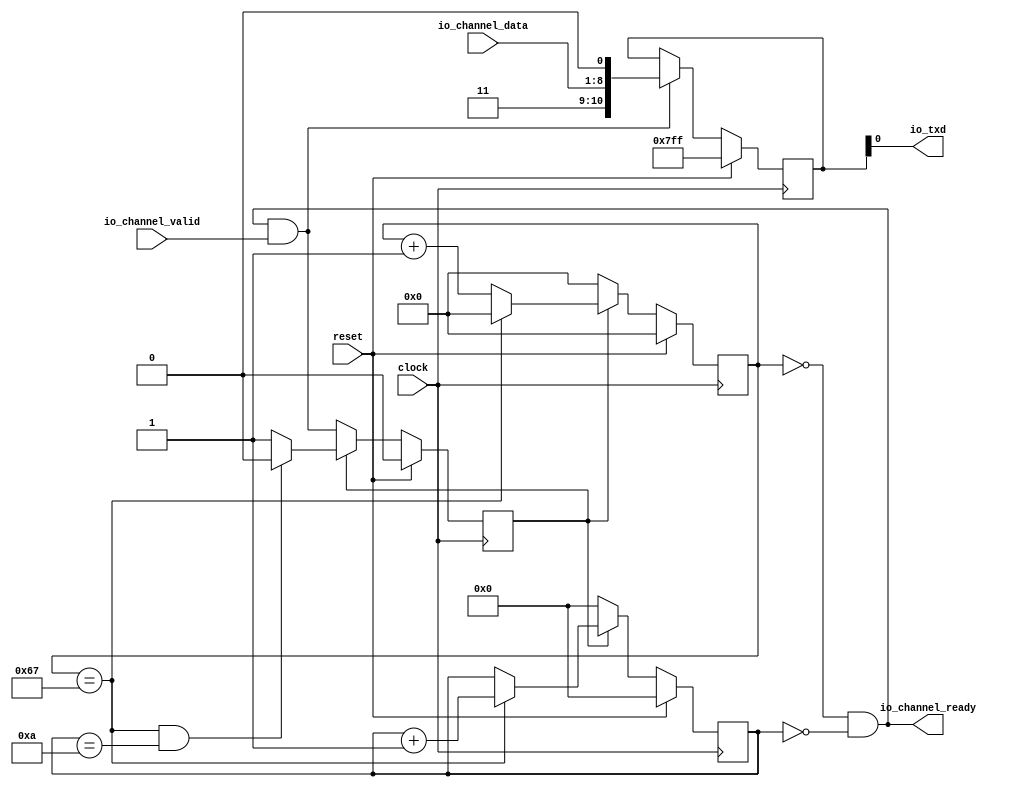
module Tx(
  input        clock,
  input        reset,
  output       io_txd,
  input  [7:0] io_channel_data,
  output       io_channel_ready,
  input        io_channel_valid
);
`ifdef RANDOMIZE_REG_INIT
  reg [31:0] _RAND_0;
  reg [31:0] _RAND_1;
  reg [31:0] _RAND_2;
  reg [31:0] _RAND_3;
`endif // RANDOMIZE_REG_INIT
  reg [19:0] clkCntReg; // @[uart_transmitter.scala 16:28]
  reg [3:0] bitCntReg; // @[uart_transmitter.scala 17:28]
  reg [10:0] shiftReg; // @[uart_transmitter.scala 18:28]
  wire  insert = io_channel_ready & io_channel_valid; // @[uart_transmitter.scala 22:32]
  reg  stateReg; // @[uart_transmitter.scala 26:26]
  wire  _T_2 = clkCntReg == 20'h67; // @[uart_transmitter.scala 36:29]
  wire [19:0] _clkCntReg_T_3 = clkCntReg + 20'h1; // @[uart_transmitter.scala 45:84]
  wire [3:0] _bitCntReg_T_1 = bitCntReg + 4'h1; // @[uart_transmitter.scala 48:36]
  wire [10:0] _shiftReg_T = {2'h3,io_channel_data,1'h0}; // @[Cat.scala 31:58]
  wire [11:0] _shiftReg_T_2 = {1'h1,shiftReg}; // @[Cat.scala 31:58]
  wire [11:0] _GEN_6 = stateReg & _T_2 ? _shiftReg_T_2 : {{1'd0}, shiftReg}; // @[uart_transmitter.scala 58:61 59:18 61:18]
  wire [11:0] _GEN_7 = insert ? {{1'd0}, _shiftReg_T} : _GEN_6; // @[uart_transmitter.scala 56:17 57:18]
  wire [11:0] _GEN_8 = reset ? 12'h7ff : _GEN_7; // @[uart_transmitter.scala 18:{28,28}]
  assign io_txd = shiftReg[0]; // @[uart_transmitter.scala 64:23]
  assign io_channel_ready = clkCntReg == 20'h0 & bitCntReg == 4'h0; // @[uart_transmitter.scala 20:44]
  always @(posedge clock) begin
    if (reset) begin // @[uart_transmitter.scala 16:28]
      clkCntReg <= 20'h0; // @[uart_transmitter.scala 16:28]
    end else if (stateReg) begin // @[uart_transmitter.scala 45:21]
      if (_T_2) begin // @[uart_transmitter.scala 45:45]
        clkCntReg <= 20'h0;
      end else begin
        clkCntReg <= _clkCntReg_T_3;
      end
    end else begin
      clkCntReg <= 20'h0;
    end
    if (reset) begin // @[uart_transmitter.scala 17:28]
      bitCntReg <= 4'h0; // @[uart_transmitter.scala 17:28]
    end else if (stateReg) begin // @[uart_transmitter.scala 46:28]
      if (_T_2) begin // @[uart_transmitter.scala 47:36]
        bitCntReg <= _bitCntReg_T_1; // @[uart_transmitter.scala 48:23]
      end
    end else begin
      bitCntReg <= 4'h0; // @[uart_transmitter.scala 53:19]
    end
    shiftReg <= _GEN_8[10:0]; // @[uart_transmitter.scala 18:{28,28}]
    if (reset) begin // @[uart_transmitter.scala 26:26]
      stateReg <= 1'h0; // @[uart_transmitter.scala 26:26]
    end else if (~stateReg) begin // @[uart_transmitter.scala 27:21]
      stateReg <= insert;
    end else if (stateReg) begin // @[uart_transmitter.scala 27:21]
      if (clkCntReg == 20'h67 & bitCntReg == 4'ha) begin // @[uart_transmitter.scala 36:67]
        stateReg <= 1'h0; // @[uart_transmitter.scala 37:26]
      end else begin
        stateReg <= 1'h1; // @[uart_transmitter.scala 39:26]
      end
    end
  end
// Register and memory initialization
`ifdef RANDOMIZE_GARBAGE_ASSIGN
`define RANDOMIZE
`endif
`ifdef RANDOMIZE_INVALID_ASSIGN
`define RANDOMIZE
`endif
`ifdef RANDOMIZE_REG_INIT
`define RANDOMIZE
`endif
`ifdef RANDOMIZE_MEM_INIT
`define RANDOMIZE
`endif
`ifndef RANDOM
`define RANDOM $random
`endif
`ifdef RANDOMIZE_MEM_INIT
  integer initvar;
`endif
`ifndef SYNTHESIS
`ifdef FIRRTL_BEFORE_INITIAL
`FIRRTL_BEFORE_INITIAL
`endif
initial begin
  `ifdef RANDOMIZE
    `ifdef INIT_RANDOM
      `INIT_RANDOM
    `endif
    `ifndef VERILATOR
      `ifdef RANDOMIZE_DELAY
        #`RANDOMIZE_DELAY begin end
      `else
        #0.002 begin end
      `endif
    `endif
`ifdef RANDOMIZE_REG_INIT
  _RAND_0 = {1{`RANDOM}};
  clkCntReg = _RAND_0[19:0];
  _RAND_1 = {1{`RANDOM}};
  bitCntReg = _RAND_1[3:0];
  _RAND_2 = {1{`RANDOM}};
  shiftReg = _RAND_2[10:0];
  _RAND_3 = {1{`RANDOM}};
  stateReg = _RAND_3[0:0];
`endif // RANDOMIZE_REG_INIT
  `endif // RANDOMIZE
end // initial
`ifdef FIRRTL_AFTER_INITIAL
`FIRRTL_AFTER_INITIAL
`endif
`endif // SYNTHESIS
endmodule